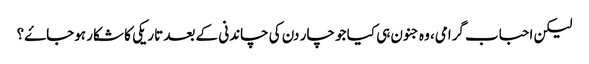
لیکن احباب گرامی، وہ جنون ہی کیا جو چار دن کی چاندنی کے بعد تاریکی کا شکار ہوجاۓ؟